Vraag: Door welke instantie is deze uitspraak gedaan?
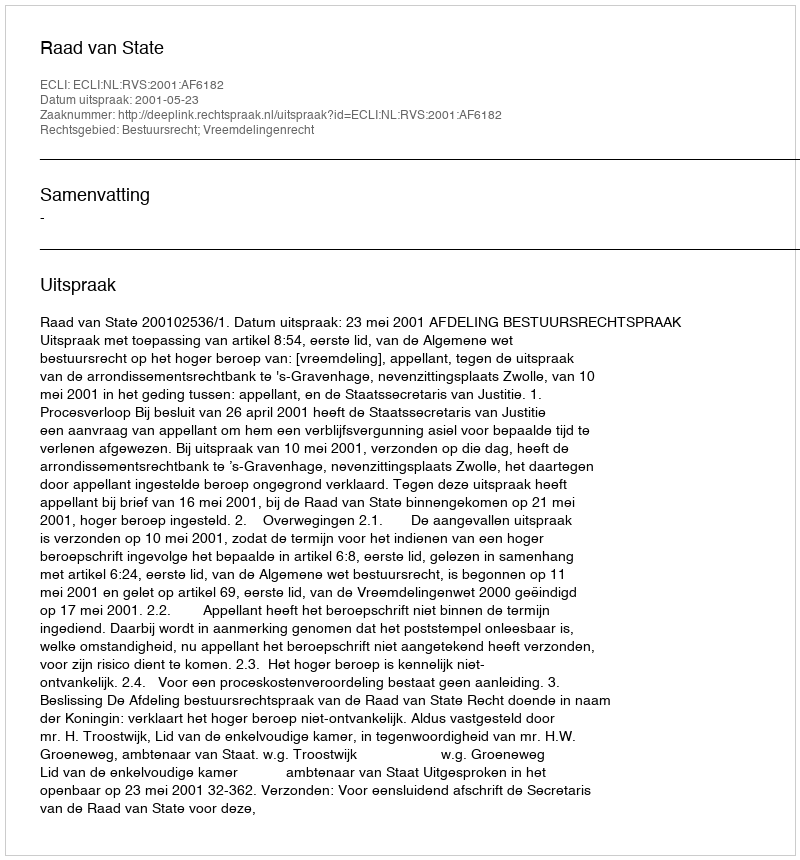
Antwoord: Raad van State